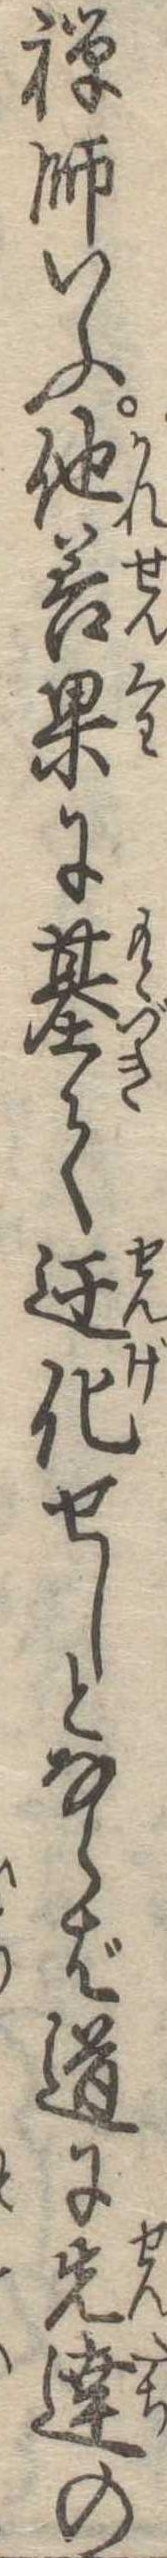
禅師いふ他善果に基て遷化せしとならば道に先達の